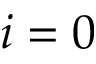
i = 0